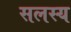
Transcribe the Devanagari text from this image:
सलस्य